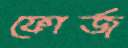
ফোর্জ